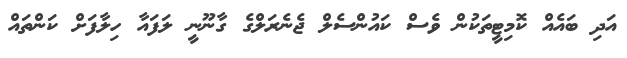
އަދި ބައެއް ކޮމިޓީތަކުން ވެސް ކައުންސެލް ޖެނެރަލްގެ ގާނޫނީ ލަފައާ ހިލާފަށް ކަންތައް